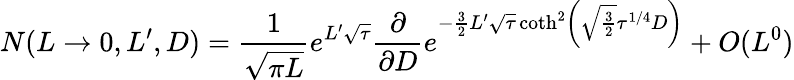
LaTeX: N(L\to 0,L^{\prime},D)={\frac{1}{\sqrt{\pi L}}}e^{L^{\prime}\sqrt\tau}{\frac{\partial}{\partial D}}e^{-{\frac{3}{2}}L^{\prime}\sqrt\tau\coth^{2}\left(\sqrt{\frac{3}{2}}\tau^{1/4}D\right)}+O(L^{0})